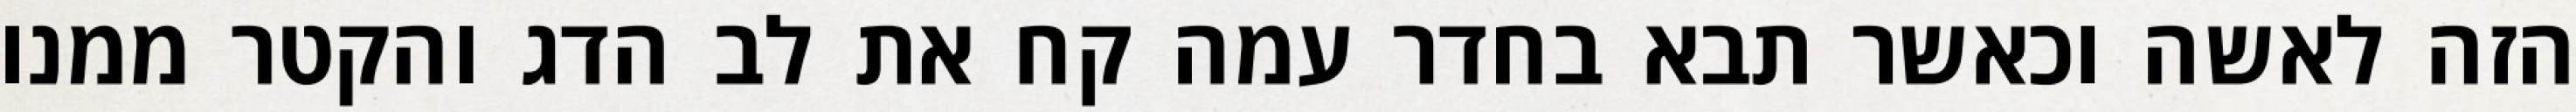
הזה לאשה וכאשר תבא בחדר עמה קח את לב הדג והקטר ממנו